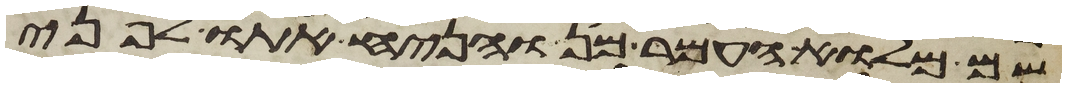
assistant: שם מלוא העמר מן והניח אתו לפני